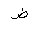
Letter: _dad